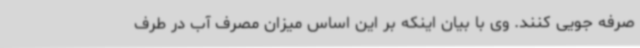
صرفه جویی کنند. وی با بیان اینکه بر این اساس میزان مصرف آب در طرف